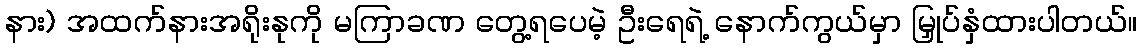
နား) အထက်နားအရိုးနုကို မကြာခဏ တွေ့ရပေမဲ့ ဦးရေရဲ့ နောက်ကွယ်မှာ မြှုပ်နှံထားပါတယ်။